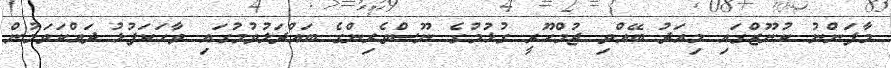
މާފަންނު ކުނޫޒްގައި މިއަދު ބޭއްވި ޖުމްހޫރީ ގުޅުމުގެ ނޫސްވެރިންގެ ބައްދަލުވުމުގައި ވާހަކަފުޅު ދައްކަވަމުން